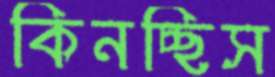
কিনচ্ছিস